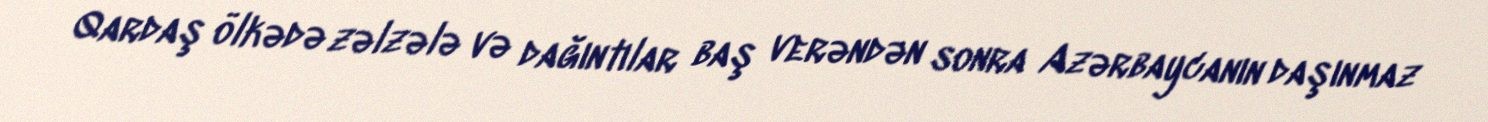
Qardaş ölkədə zəlzələ və dağıntılar baş verəndən sonra Azərbaycanın daşınmaz